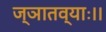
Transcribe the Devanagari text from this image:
ज्ञातव्याः।।